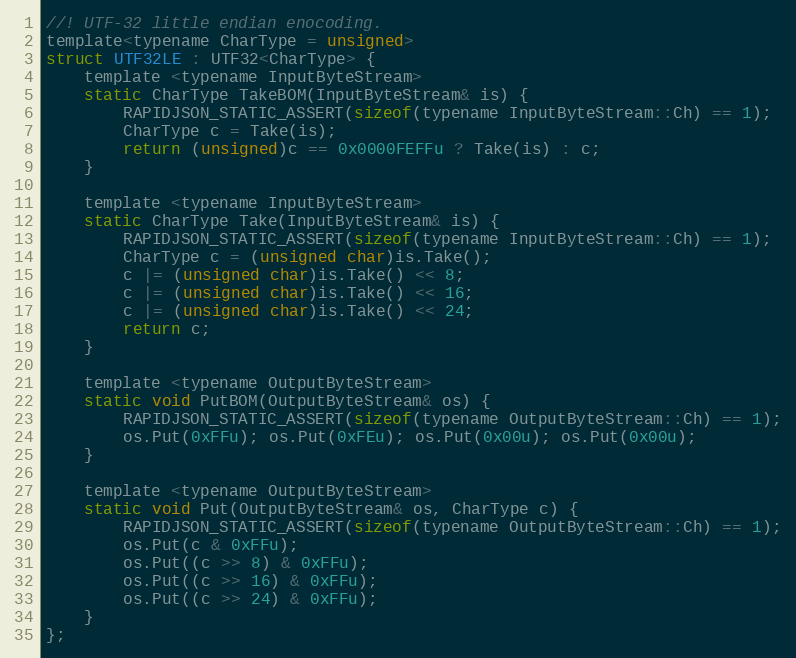
Language: C
//! UTF-32 little endian enocoding.
template<typename CharType = unsigned>
struct UTF32LE : UTF32<CharType> {
    template <typename InputByteStream>
    static CharType TakeBOM(InputByteStream& is) {
        RAPIDJSON_STATIC_ASSERT(sizeof(typename InputByteStream::Ch) == 1);
        CharType c = Take(is);
        return (unsigned)c == 0x0000FEFFu ? Take(is) : c;
    }

    template <typename InputByteStream>
    static CharType Take(InputByteStream& is) {
        RAPIDJSON_STATIC_ASSERT(sizeof(typename InputByteStream::Ch) == 1);
        CharType c = (unsigned char)is.Take();
        c |= (unsigned char)is.Take() << 8;
        c |= (unsigned char)is.Take() << 16;
        c |= (unsigned char)is.Take() << 24;
        return c;
    }

    template <typename OutputByteStream>
    static void PutBOM(OutputByteStream& os) {
        RAPIDJSON_STATIC_ASSERT(sizeof(typename OutputByteStream::Ch) == 1);
        os.Put(0xFFu); os.Put(0xFEu); os.Put(0x00u); os.Put(0x00u);
    }

    template <typename OutputByteStream>
    static void Put(OutputByteStream& os, CharType c) {
        RAPIDJSON_STATIC_ASSERT(sizeof(typename OutputByteStream::Ch) == 1);
        os.Put(c & 0xFFu);
        os.Put((c >> 8) & 0xFFu);
        os.Put((c >> 16) & 0xFFu);
        os.Put((c >> 24) & 0xFFu);
    }
};